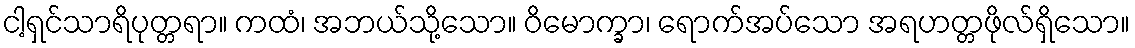
ငါ့ရှင်သာရိပုတ္တရာ။ ကထံ၊ အဘယ်သို့သော။ ဝိမောက္ခာ၊ ရောက်အပ်သော အရဟတ္တဖိုလ်ရှိသော။